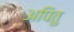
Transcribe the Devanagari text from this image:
अपितु